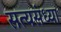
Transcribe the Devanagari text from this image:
सत्यसंध्या